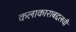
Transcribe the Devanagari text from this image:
कलाकाराबद्दलची